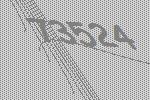
73524